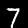
Label: 7